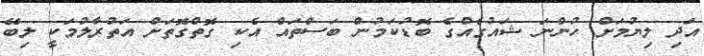
އަދި ލިޔުމަށް ހުންނަ ޝައުގެއްގެ ބޮޑުކަމުން ބަސްތައް އެކި ގޮތްގޮތަށް އަތުރާލުމަކީ ލިބޭ